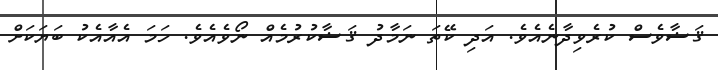
ޤަޟާވެސް ކުރެވިދާނެއެވެ. އަދި ކޭތަ ނަމާދު ޤަޟާކުރުމެއް ނޯވެއެވެ. ހަމަ އެއާއެކު ބަޔަކަށް